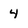
Character: 4